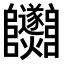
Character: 𨽵